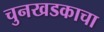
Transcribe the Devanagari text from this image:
चुनखडकाचा